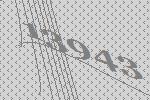
13943